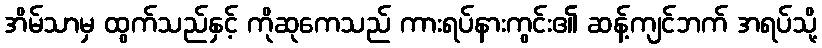
အိမ်သာမှ ထွက်သည်နှင့် ကိုဆုကေသည် ကားရပ်နားကွင်း၏ ဆန့်ကျင်ဘက် အရပ်သို့